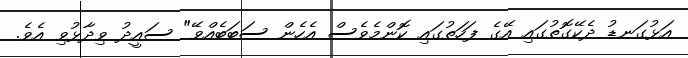
އަޅުގަނޑު ދެކޭގޮތުގައި އޭގެ ފަހަތުގައި ކޮންމެވެސް އެހެން ސަބަބެއްވޭ" ސައީދު ވިދާޅުވި އެވެ.